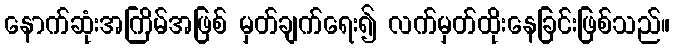
နောက်ဆုံးအကြိမ်အဖြစ် မှတ်ချက်ရေး၍ လက်မှတ်ထိုးနေခြင်းဖြစ်သည်။